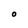
Character: O